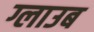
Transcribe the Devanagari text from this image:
ग्लाउब